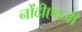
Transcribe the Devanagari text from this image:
नोंदीऐवजी